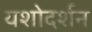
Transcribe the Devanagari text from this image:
यशोदर्शन